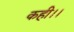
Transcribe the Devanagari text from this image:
कही।।